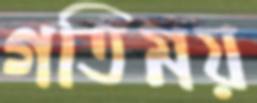
গতিময়